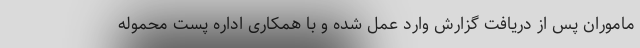
ماموران پس از دریافت گزارش وارد عمل شده و با همکاری اداره پست محموله